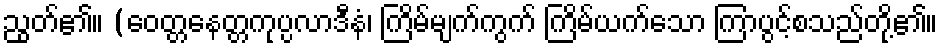
ညွတ်၏။ (ဝေတ္တနေတ္တကုပ္ပလာဒီနံ၊ ကြိမ်မျက်ကွက် ကြိမ်ယက်သော ကြာပွင့်စသည်တို့၏။